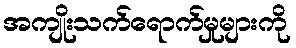
အကျိုးသက်ရောက်မှုများကို